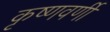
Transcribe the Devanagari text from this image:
कृष्णवर्णी